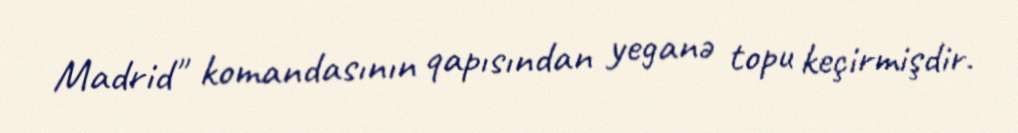
Madrid" komandasının qapısından yeganə topu keçirmişdir.